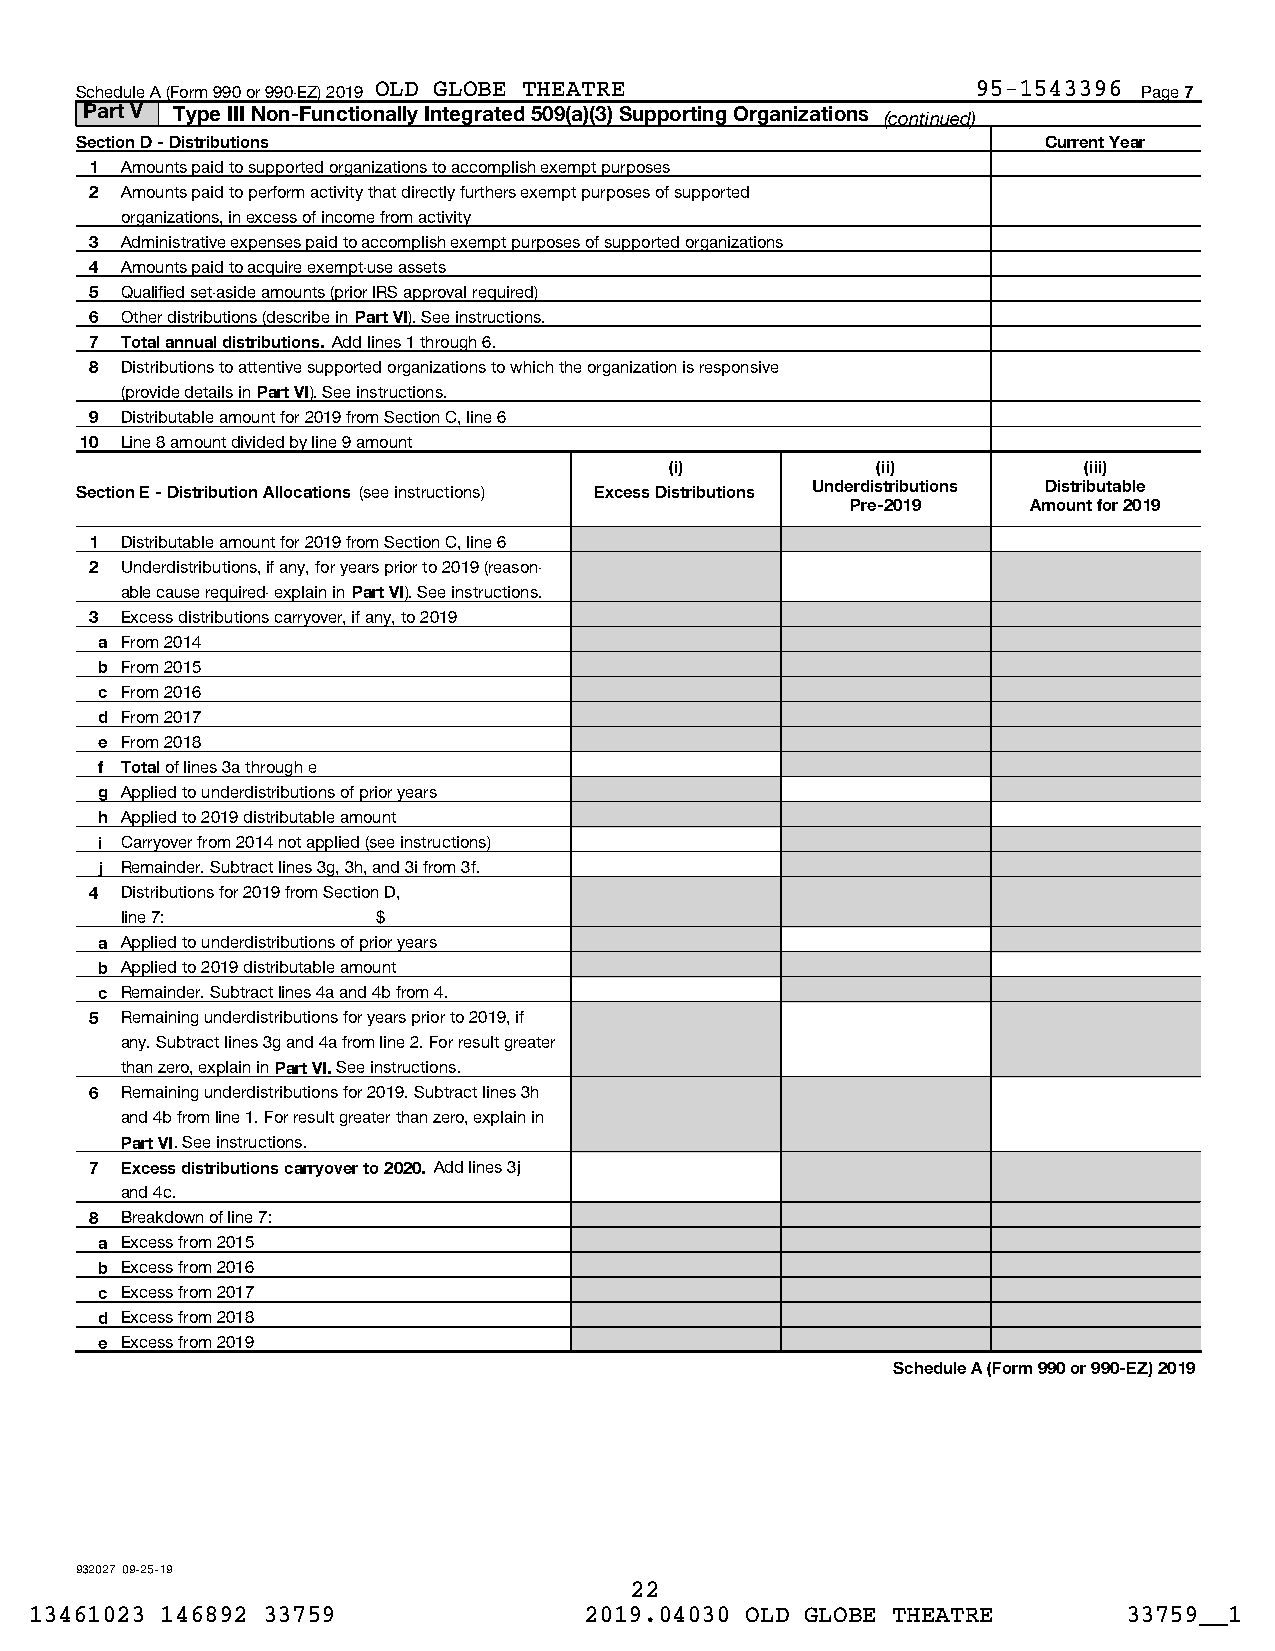
Schedule A (Form 990 or 990-EZ) 2019 OLD GLOBE THEATRE      95-1543396 Page 7
 Part V Type III Non-Functionally Integrated 509(a)(3) Supporting Organizations (continued)
 Section D - Distributions                                       Current Year
 1 Amounts paid to supported organizations to accomplish exempt purposes
 2 Amounts paid to perform activity that directly furthers exempt purposes of supported
 organizations, in excess of income from activity
 3 Administrative expenses paid to accomplish exempt purposes of supported organizations
 4 Amounts paid to acquire exempt-use assets
 5 Qualified set-aside amounts (prior IRS approval required)
 6 Other distributions (describe in Part VI). See instructions.
 7 Total annual distributions. Add lines 1 through 6.
 8 Distributions to attentive supported organizations to which the organization is responsive
 (provide details in Part VI). See instructions.
 9 Distributable amount for 2019 from Section C, line 6
 10 Line 8 amount divided by line 9 amount
 (i)           (ii)          (iii)
 Section E - Distribution Allocations (see instructions) Excess Distributions Underdistributions Distributable
 Pre-2019    Amount for 2019
 1 Distributable amount for 2019 from Section C, line 6
 2 Underdistributions, if any, for years prior to 2019 (reason-
 able cause required- explain in Part VI). See instructions.
 3 Excess distributions carryover, if any, to 2019
 a From 2014
 b From 2015
 c From 2016
 d From 2017
 e From 2018
 f Total of lines 3a through e
 g Applied to underdistributions of prior years
 h Applied to 2019 distributable amount
 i Carryover from 2014 not applied (see instructions)
 j Remainder. Subtract lines 3g, 3h, and 3i from 3f.
 4 Distributions for 2019 from Section D,
 line 7:          $
 a Applied to underdistributions of prior years
 b Applied to 2019 distributable amount
 c Remainder. Subtract lines 4a and 4b from 4.
 5 Remaining underdistributions for years prior to 2019, if
 any. Subtract lines 3g and 4a from line 2. For result greater
 than zero, explain in Part VI. See instructions.
 6 Remaining underdistributions for 2019. Subtract lines 3h
 and 4b from line 1. For result greater than zero, explain in
 Part VI. See instructions.
 7 Excess distributions carryover to 2020. Add lines 3j
 and 4c.
 8 Breakdown of line 7:
 a Excess from 2015
 b Excess from 2016
 c Excess from 2017
 d Excess from 2018
 e Excess from 2019
 Schedule A (Form 990 or 990-EZ) 2019
 932027 09-25-19
 22
 13461023 146892 33759                2019.04030 OLD GLOBE THEATRE        33759__1